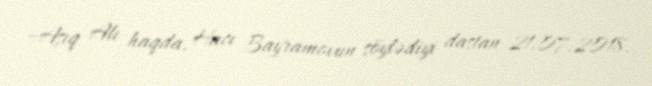
–Aşıq Alı haqda, Hacı Bayramovun söylədiyi dastan-21.07.2018.